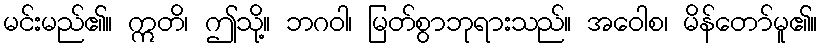
မင်းမည်၏။ ဣတိ၊ ဤသို့။ ဘဂဝါ၊ မြတ်စွာဘုရားသည်။ အဝေါစ၊ မိန်တော်မူ၏။